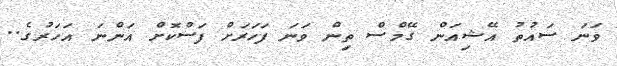
ވަނަ ސައުތު އޭޝިއަން ގޭމްސް ތިން ވަނަ ފަހަރަށް ފަސްކޮށް އަންނަ އަހަރުގެ..